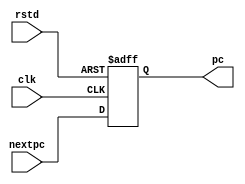
module writeback (clk, rstd, nextpc, pc) ; 
    input clk, rstd;
    input [31:0] nextpc; 
    output [31:0] pc; 
    reg [31:0] pc; 
    
    always @ (negedge rstd or posedge clk) 
    begin
        if (rstd == 0) pc <= 32'h00000000; 
        else if (clk == 1) pc <= nextpc; 
    end
endmodule